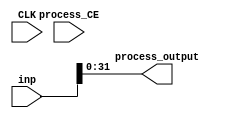
module index___uint16_uint16__uint8_7_3___0(input CLK, input process_CE, input [199:0] inp, output [31:0] process_output);
parameter INSTANCE_NAME="INST";
  assign process_output = (inp[31:0]);
endmodule